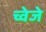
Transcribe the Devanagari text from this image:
च्वेजे